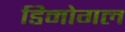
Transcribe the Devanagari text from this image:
डिमोगल